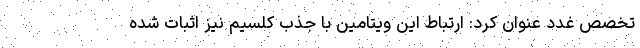
تخصص غدد عنوان کرد: ارتباط این ویتامین با جذب کلسیم نیز اثبات شده